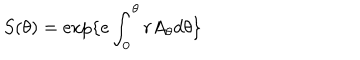
LaTeX: S ( \theta ) = \exp \{ e \int _ { 0 } ^ { \theta } r A _ { \theta } d \theta \}